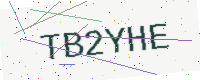
Text: TB2YHE